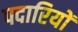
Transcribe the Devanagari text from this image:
पदारियों